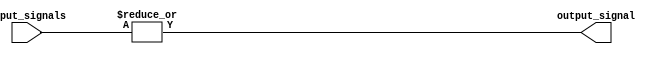
module eight_input_or_gate (
    input [7:0] input_signals,
    output reg output_signal
);

always @(*) begin
    output_signal = |input_signals;
end

endmodule